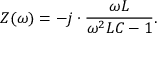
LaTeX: Z ( \omega ) = - j \cdot { \frac { \omega L } { \omega ^ { 2 } L C - 1 } } .